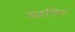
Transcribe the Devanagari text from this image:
मंडलित